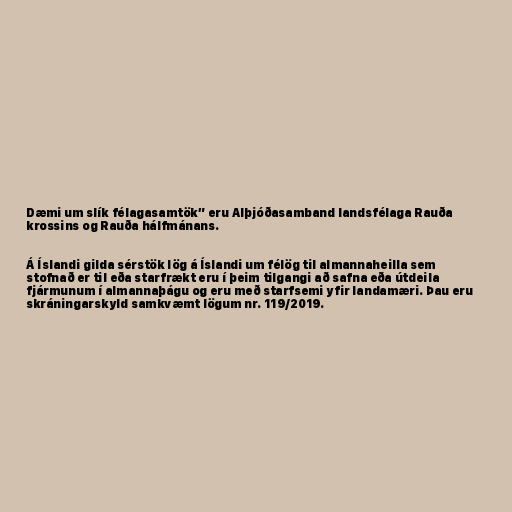
Dæmi um slík félagasamtök” eru Alþjóðasamband landsfélaga Rauða
krossins og Rauða hálfmánans.

Á Íslandi gilda sérstök lög á Íslandi um félög til almannaheilla sem
stofnað er til eða starfrækt eru í þeim tilgangi að safna eða útdeila
fjármunum í almannaþágu og eru með starfsemi yfir landamæri. Þau eru
skráningarskyld samkvæmt lögum nr. 119/2019.